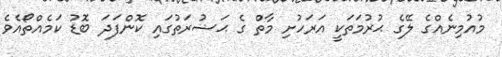
މުއުމިނެއްގެ ލޭގެ ޙުރުމަތަކީ އަރަހުށި މާތް ގެ ޙަޟުރަތުގައި ކޮންފަދަ ބޮޑު ކަމެއްތޯއެވެ